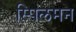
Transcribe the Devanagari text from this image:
स्पिलमन